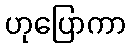
ဟုပြောကာ